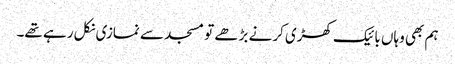
ہم بھی وہاں بائیک کھڑی کرنے بڑھے تو مسجد سے نمازی نکل رہے تھے۔